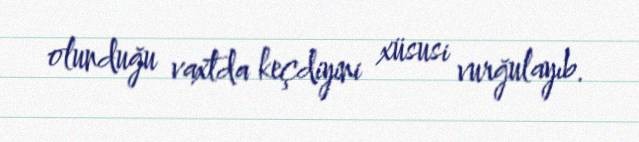
olunduğu vaxtda keçdiyini xüsusi vurğulayıb.